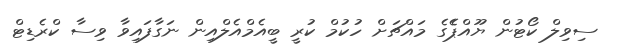
ސިވިލް ކޯޓުން ޔޫއްޕެެގެ މައްޗަށް ހުކުމް ކުރީ ބީއެމްއެލްއިން ނަގާފައިވާ ވިސާ ކްރެޑިޓް